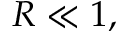
R \ll 1 ,